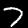
Label: 7